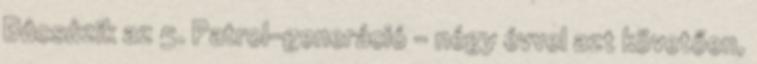
Búcsúzik az 5. Patrol-generáció – négy évvel azt követően,